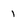
Character: 1